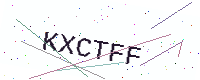
Text: KXCTFF